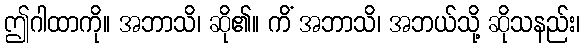
ဤဂါထာကို။ အဘာသိ၊ ဆို၏။ ကိံ အဘာသိ၊ အဘယ်သို့ ဆိုသနည်း၊